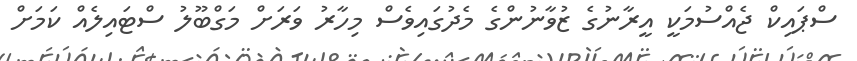
ސްޕައިކް ޖެއްސުމަކީ އީރާނުގެ ޒުވާނުންގެ މެދުގައިވެސް މިހާރު ވަރަށް މަގްބޫލު ސްޓައިލެއް ކަމަށް